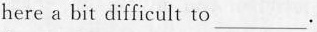
here a bit difficult to ___ .